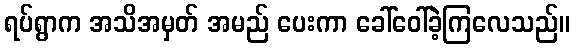
ရပ်ရွာက အသိအမှတ် အမည် ပေးကာ ခေါ်ဝေါ်ခဲ့ကြလေသည်။